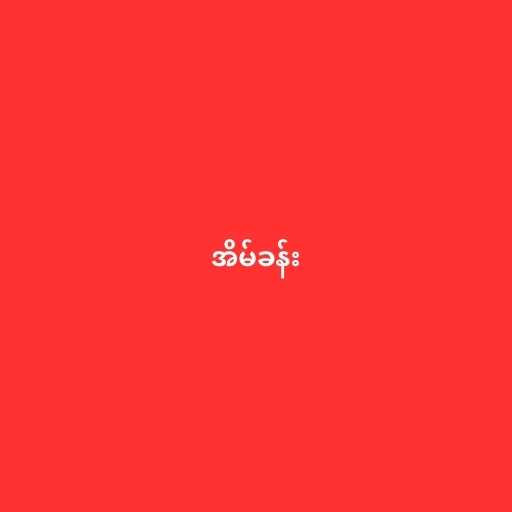
အိမ်ခန်း